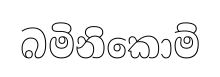
බමිනිකොම්